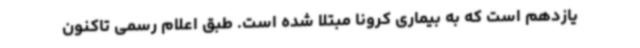
یازدهم است که به بیماری کرونا مبتلا شده است. طبق اعلام رسمی تاکنون